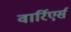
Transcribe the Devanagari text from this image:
वार्रिएर्स